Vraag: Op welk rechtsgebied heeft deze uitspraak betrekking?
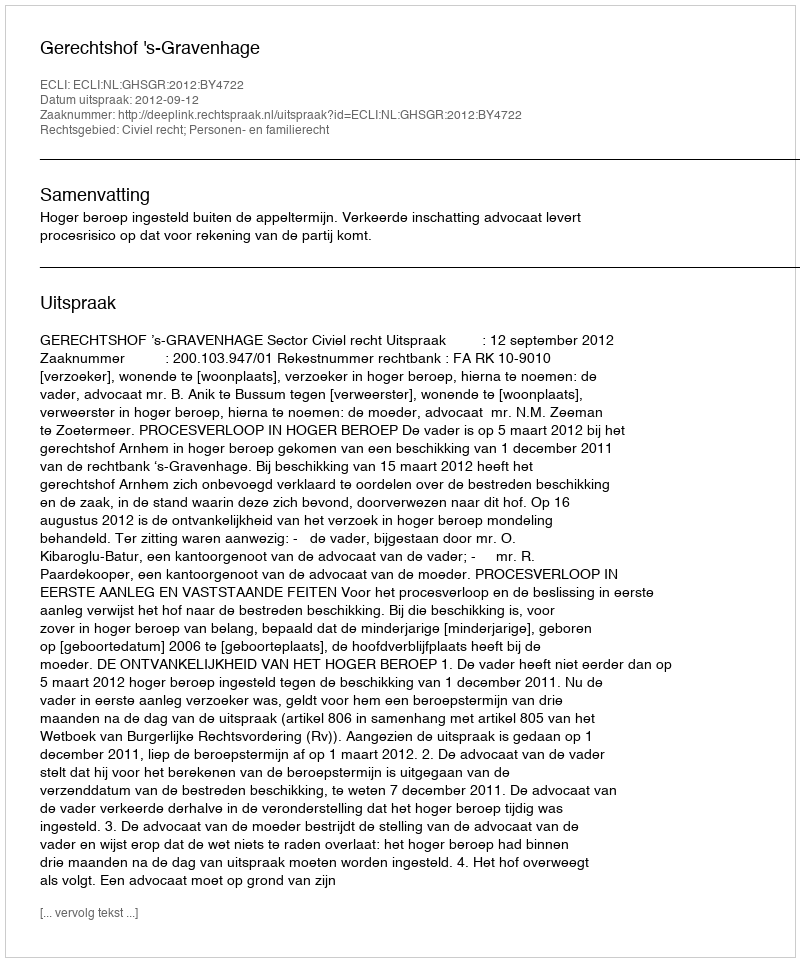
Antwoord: Civiel recht; Personen- en familierecht